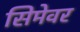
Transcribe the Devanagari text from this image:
सिमेवर